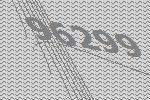
96299